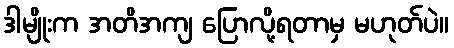
ဒါမျိုးက အတိအကျ ပြောလို့ရတာမှ မဟုတ်ပဲ။